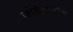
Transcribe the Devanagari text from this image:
जोवेल्लानोस